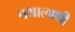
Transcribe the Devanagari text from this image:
पथालाथी